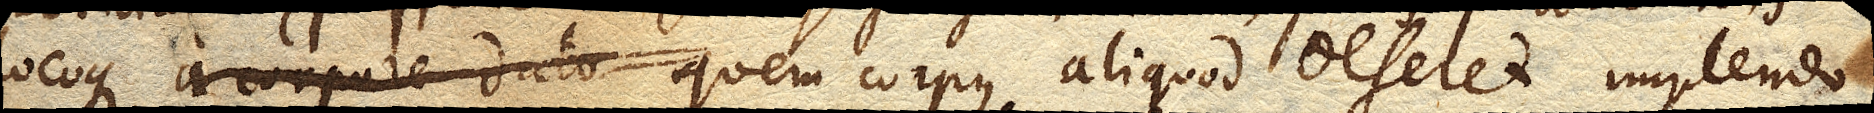
locoque a corpore dato quem corpus aliquod deseret implendo